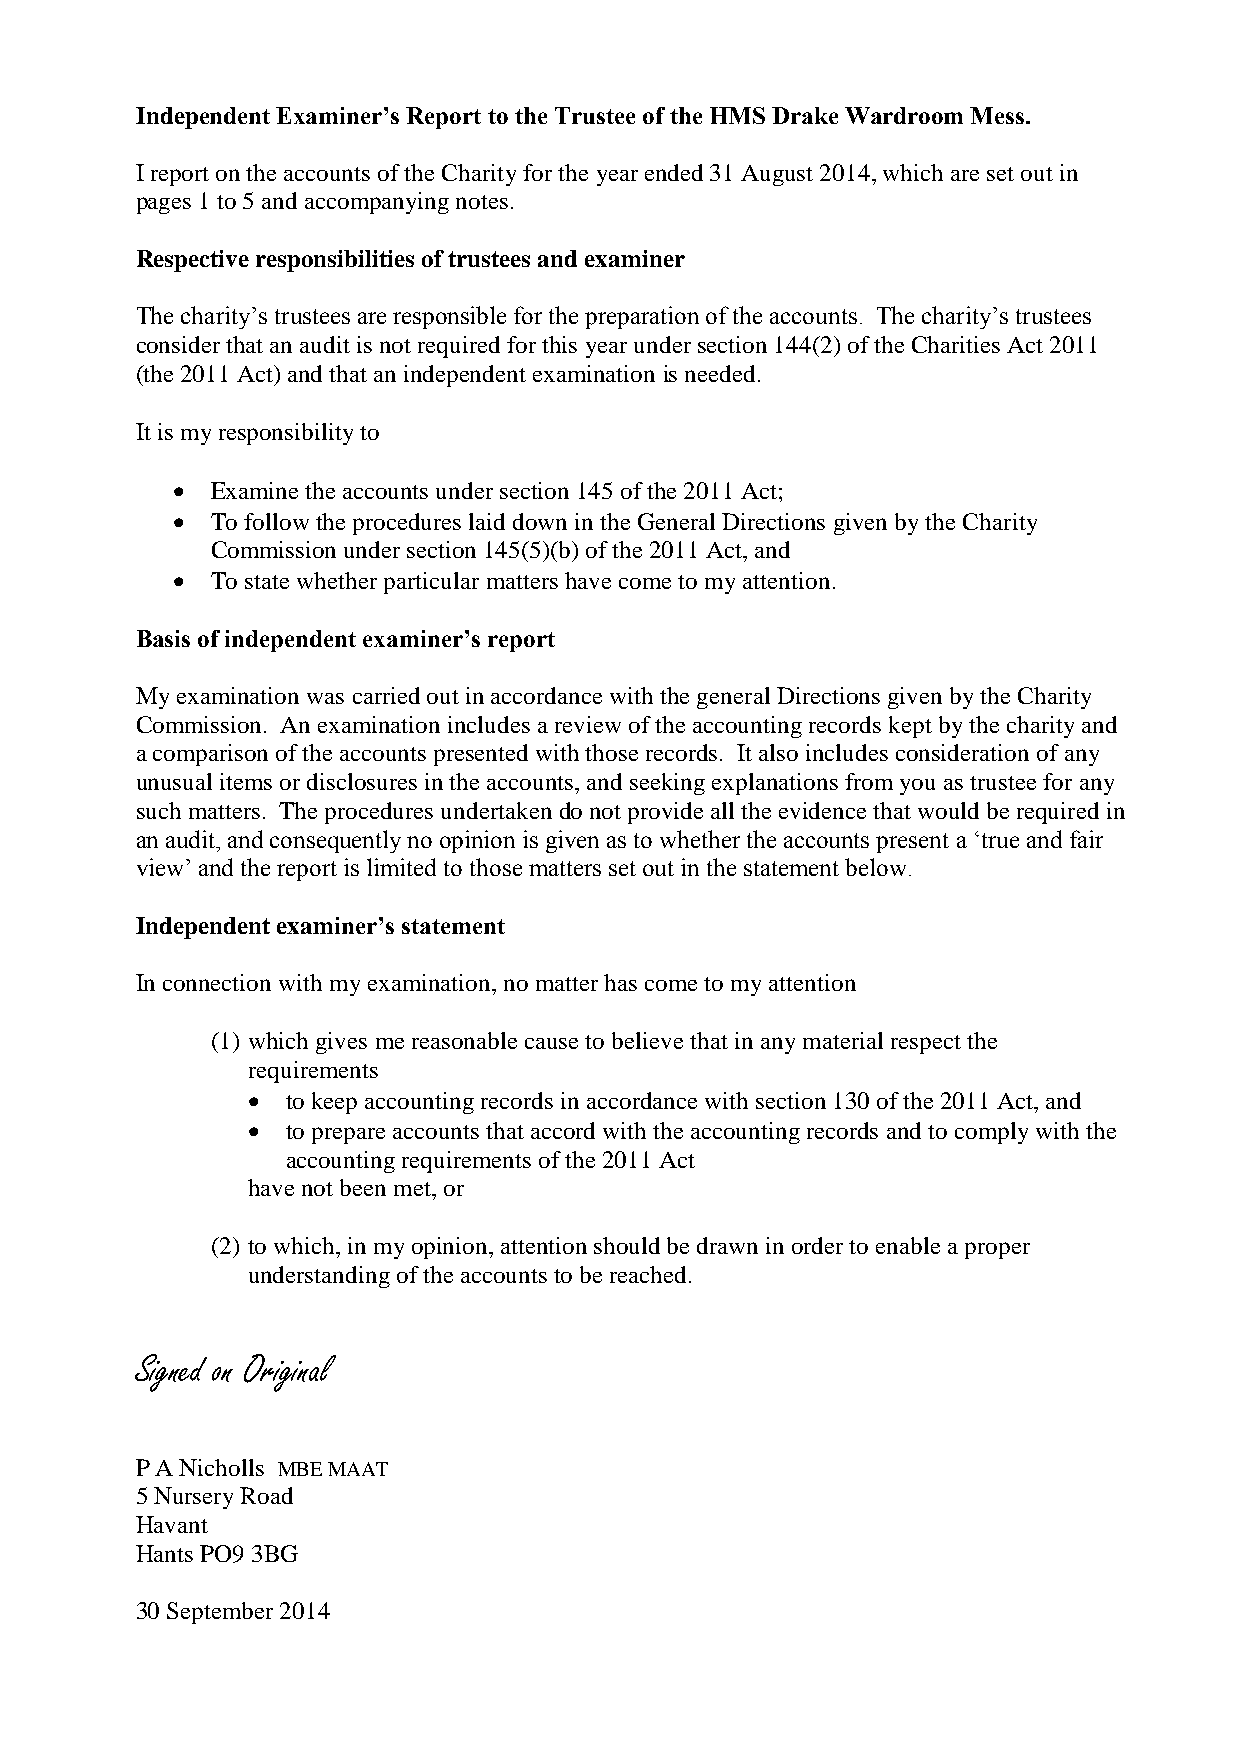
Independent Examiner’s Report to the Trustee of the HMS Drake Wardroom Mess.
 I report on the accounts of the Charity for the year ended 31 August 2014, which are set out in
 pages 1 to 5 and accompanying notes.
 Respective responsibilities of trustees and examiner
 The charity’s trustees are responsible for the preparation of the accounts. The charity’s trustees
 consider that an audit is not required for this year under section 144(2) of the Charities Act 2011
 (the 2011 Act) and that an independent examination is needed.
 It is my responsibility to
   Examine the accounts under section 145 of the 2011 Act;
   To follow the procedures laid down in the General Directions given by the Charity
 Commission under section 145(5)(b) of the 2011 Act, and
   To state whether particular matters have come to my attention.
 Basis of independent examiner’s report
 My examination was carried out in accordance with the general Directions given by the Charity
 Commission. An examination includes a review of the accounting records kept by the charity and
 a comparison of the accounts presented with those records. It also includes consideration of any
 unusual items or disclosures in the accounts, and seeking explanations from you as trustee for any
 such matters. The procedures undertaken do not provide all the evidence that would be required in
 an audit, and consequently no opinion is given as to whether the accounts present a ‘true and fair
 view’ and the report is limited to those matters set out in the statement below.
 Independent examiner’s statement
 In connection with my examination, no matter has come to my attention
 (1) which gives me reasonable cause to believe that in any material respect the
 requirements
   to keep accounting records in accordance with section 130 of the 2011 Act, and
   to prepare accounts that accord with the accounting records and to comply with the
 accounting requirements of the 2011 Act
 have not been met, or
 (2) to which, in my opinion, attention should be drawn in order to enable a proper
 understanding of the accounts to be reached.
 Signed on Original
 P A Nicholls MBE MAAT
 5 Nursery Road
 Havant
 Hants PO9 3BG
 30 September 2014